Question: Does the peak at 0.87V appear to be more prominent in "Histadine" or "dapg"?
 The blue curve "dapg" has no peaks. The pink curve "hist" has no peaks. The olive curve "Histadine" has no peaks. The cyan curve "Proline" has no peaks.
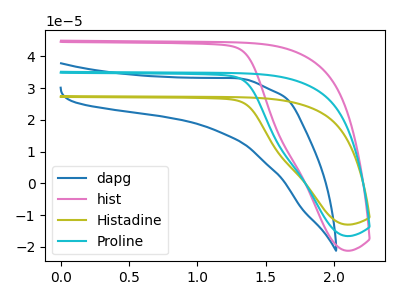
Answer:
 <answer>"Histadine" and "dapg" dont share a peak at 0.87V.</answer>
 <eval>mismatch</eval>